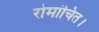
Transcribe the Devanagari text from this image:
रोमांचित।